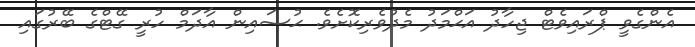
އެންގެވީ ޕްރައިވެޓް ޖިހާދު އަޙްމަދު މެދުވެރިކޮށެވެ. ޙުސައިން އާދަމް ހުރީ ގޭޓްގެ ބޭރުގައި